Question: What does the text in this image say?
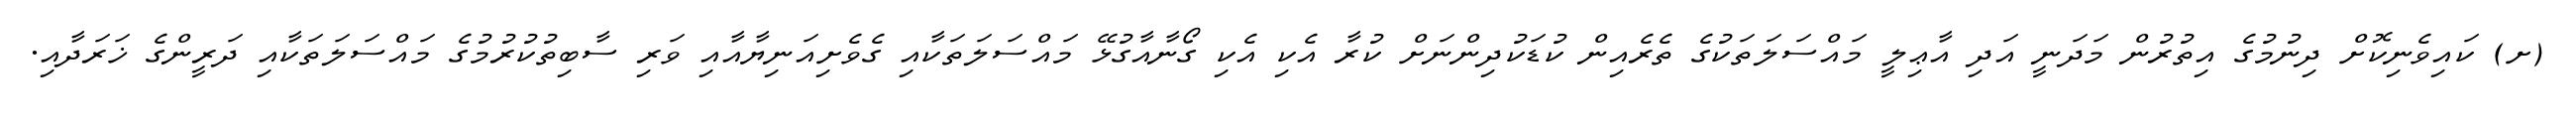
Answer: (ށ) ކައިވެނިކޮށް ދިނުމުގެ އިތުރުން މަދަނީ އަދި އާޢިލީ މައްސަލަތަކުގެ ތެރެއިން ކުޑަކުދިންނަށް ކުރާ އެކި އެކި ގޯނާއާގުޅޭ މައްސަލަތަކާއި ގެވެށިއަނިޔާއާއި ވަރި ސާބިތުކުރުމުގެ މައްސަލަތަކާއި ދަރީންގެ ޚަރަދާއި.